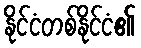
နိုင်ငံတစ်နိုင်ငံ၏